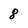
Character: 8